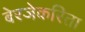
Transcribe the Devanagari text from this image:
बेरजेकरिता